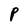
Character: P